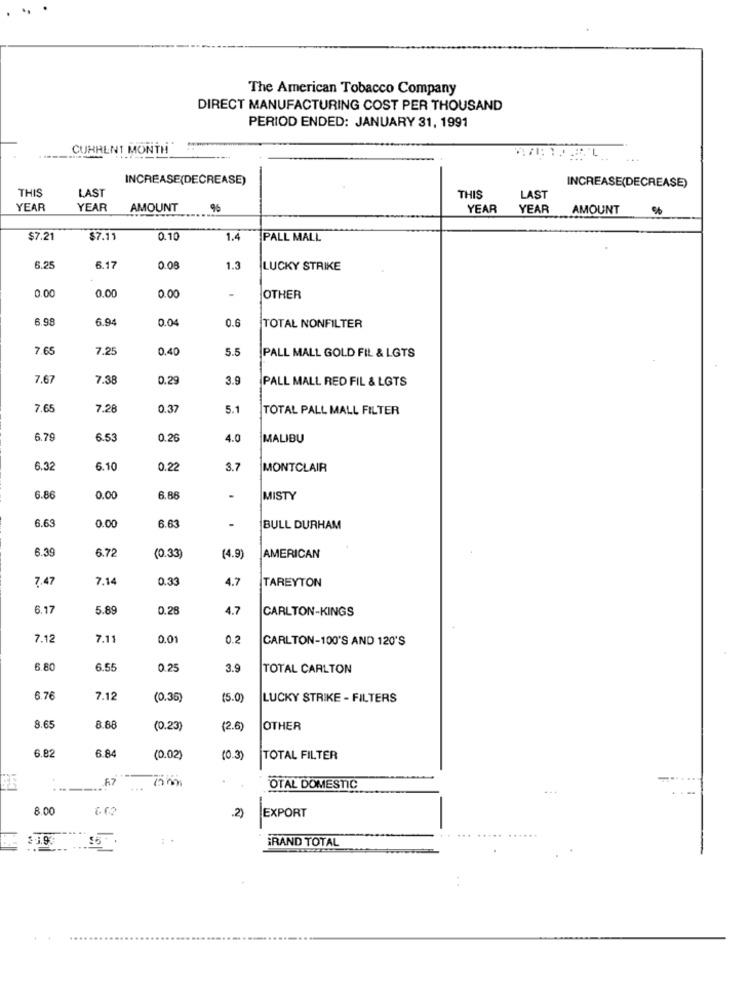
The American Tobacco Company
DIRECT MANUFACTURING COST PER THOUSAND
PERIOD ENDED: JANUARY 31, 1991
CURRENT MONTH
INCREASE(DECREASE)
INCREASE(DECREASE)
THIS
LAST
THIS
LAST
YEAR
YEAR
AMOUNT
YEAR
YEAR
AMOUNT
%
$7.21
$7.11
0.1
1.4
PALL MALL
6.25
6.17
0.08
1.3
LUCKY STRIKE
0.00
0.00
0.00
OTHER
3.98
6.94
0.0
0.6
TOTAL NONFILTER
7.65
7.25
0.40
5.5
PALL MALL GOLD FIL & LGTS
7.67
7.38
0.2
3.9
PALL MALL RED FIL & LOTS
7.65
7.28
0.37
5.1
TOTAL PALL MALL FILTER
6.79
6.53
0.26
4.0
MALIBU
6.32
6.10
0.2
3.7
MONTCLAIR
6.86
0.00
6.86
MISTY
6.63
6.63
0.00
BULL DURHAM
6.39
6.72
(0.33)
(4.9)
AMERICAN
7.47
7.1
0.33
4.7
TAREYTON
6.17
5.8
0.2
4.7
CARLTON-KINGS
7.12
7.11
0.0
0.2
CARLTON-100'S AND 120'S
6.80
6.55
0.25
3.9
TOTAL CARLTON
6.76
7.12
(0.36)
(5.0)
LUCKY STRIKE - FILTERS
3.65
8.88
(0.23)
12.6
OTHER
6.82
6.8
(0.02)
(0.3)
TOTAL FILTER
57
OTAL DOMESTIC
8.00
.2)
EXPORT
GRAND TOTAL